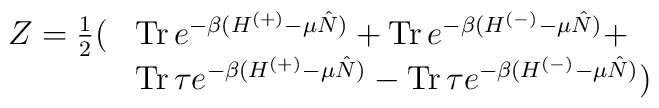
\begin{array}{ll}Z= \frac{1}{2}( & \mbox{Tr\thinspace } e^{-\beta(H^{(+)}-\mu\hat N)}+\mbox{Tr\thinspace }e^{-\beta(H^{(-)}-\mu\hat N)}+ \\ & \mbox{Tr\thinspace } \tau e^{-\beta(H^{(+)}-\mu\hat N)}- \mbox{Tr\thinspace}\tau e^{-\beta(H^{(-)}-\mu\hat N)})\end{array}